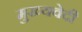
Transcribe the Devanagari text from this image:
मुख्यवेदी